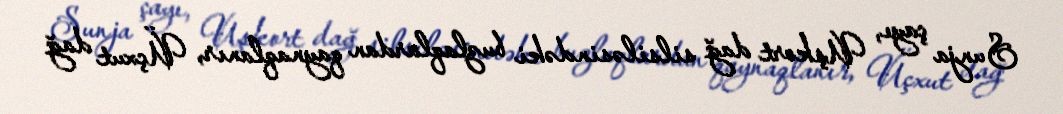
Sunja çayı, Uşkort dağ silsiləsindəki buzlaqlardan qaynaqlanır, Üçxut dağ